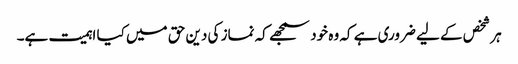
ہر شخص کے لیے ضروری ہے کہ وہ خود سمجھے کہ نماز کی دین حق میں کیا اہمیت ہے۔